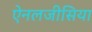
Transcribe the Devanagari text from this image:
ऐनलजीसिया